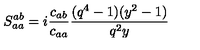
\displaystyle S _ { a a } ^ { a b } = i \frac { c _ { a b } } { c _ { a a } } \frac { ( q ^ { 4 } - 1 ) ( y ^ { 2 } - 1 ) } { q ^ { 2 } y }